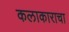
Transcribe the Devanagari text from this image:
कलाकाराचा